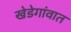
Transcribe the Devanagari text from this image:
खेडेगांवात